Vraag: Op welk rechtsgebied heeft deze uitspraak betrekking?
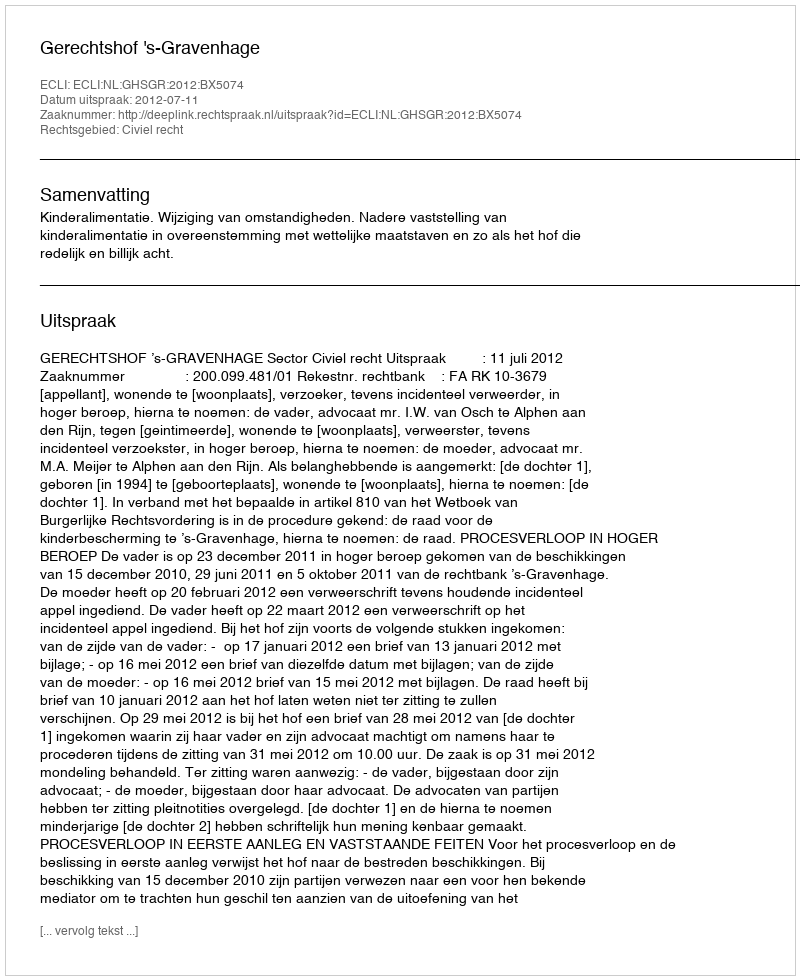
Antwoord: Civiel recht